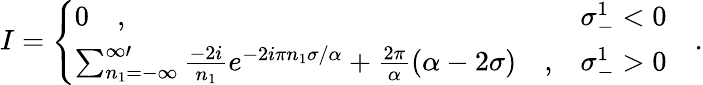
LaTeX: I=\left\{ \begin{array}{ll}{{0\quad,}}&{{\sigma_{-}^{1}<0}}\\ {{\sum_{n_{1}=-\infty}^{\infty\prime}{\frac{-2i}{n_{1}}}e^{-2i\pi n_{1}\sigma/\alpha}+{\frac{2\pi}{\alpha}}(\alpha-2\sigma)\quad,}}&{{\sigma_{-}^{1}>0}}\end{array}\right.\quad.